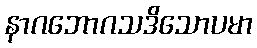
နာဂဘောဂသဒိသောပမာ